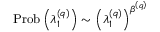
\operatorname { P r o b } \left( \lambda _ { 1 } ^ { \left( q \right) } \right) \sim \left( \lambda _ { 1 } ^ { \left( q \right) } \right) ^ { \beta ^ { \left( q \right) } }